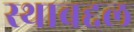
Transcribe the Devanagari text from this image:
स्थाबद्दल